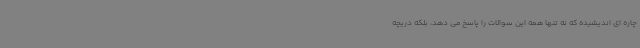
چاره ای اندیشیده که نه تنها همه این سوالات را پاسخ می دهد، بلکه دریچه